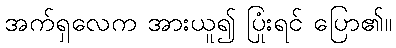
အက်ရှလေက အားယူ၍ ပြုံးရင် ပြော၏။